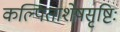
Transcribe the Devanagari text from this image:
कल्पिताशेषसृष्टिः